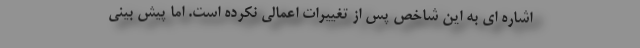
اشاره ای به این شاخص پس از تغییرات اعمالی نکرده است. اما پیش بینی